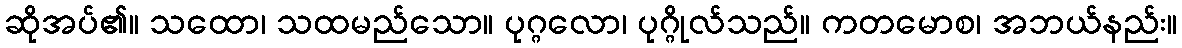
ဆိုအပ်၏။ သထော၊ သထမည်သော။ ပုဂ္ဂလော၊ ပုဂ္ဂိုလ်သည်။ ကတမောစ၊ အဘယ်နည်း။